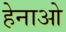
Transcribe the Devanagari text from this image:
हेनाओ